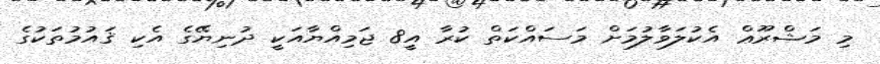
މި މަޝްރޫޢް އެކުލަވާލުމަށް މަސައްކަތް ކުރާ އީ8 ޖަމިއްޔާއަކީ ދުނިޔޭގެ އެކި ޤައުމުތަކުގެ